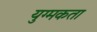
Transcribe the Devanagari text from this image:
युग्मकता